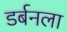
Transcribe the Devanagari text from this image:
डर्बनला